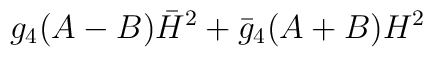
g_4 (A-B) \bar{H}^2 + \bar{g}_4 (A+B) H^2